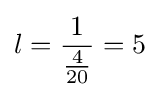
l={\frac {1}{\frac {4}{20}}}=5